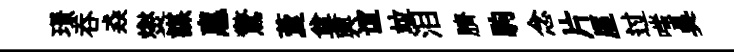
璟呑猋爕謀惠驚藑奠興谊竝泪臍駒念片厔过嗤吴